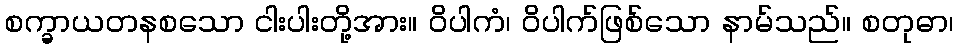
စက္ခာယတနစသော ငါးပါးတို့အား။ ဝိပါကံ၊ ဝိပါက်ဖြစ်သော နာမ်သည်။ စတုဓာ၊